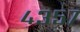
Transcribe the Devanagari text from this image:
४३५७